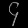
Digit: ၄